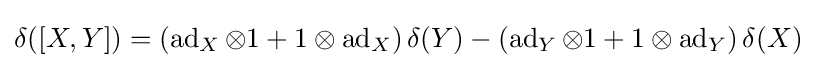
\delta ([X,Y])=\left(\operatorname {ad} _{X}\otimes 1+1\otimes \operatorname {ad} _{X}\right)\delta (Y)-\left(\operatorname {ad} _{Y}\otimes 1+1\otimes \operatorname {ad} _{Y}\right)\delta (X)